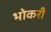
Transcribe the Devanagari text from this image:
भोकरी